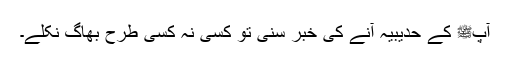
آپﷺ کے حدیبیہ آنے کی خبر سنی تو کسی نہ کسی طرح بھاگ نکلے۔